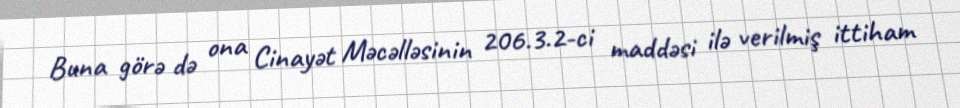
Buna görə də ona Cinayət Məcəlləsinin 206.3.2-ci maddəsi ilə verilmiş ittiham